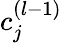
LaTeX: c_{j}^{(l-1)}